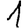
Digit: 1